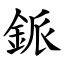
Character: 䤨